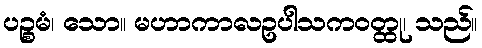
ပဉ္စမံ၊ သော။ မဟာကာလဥပါသကဝတ္ထု၊ သည်။